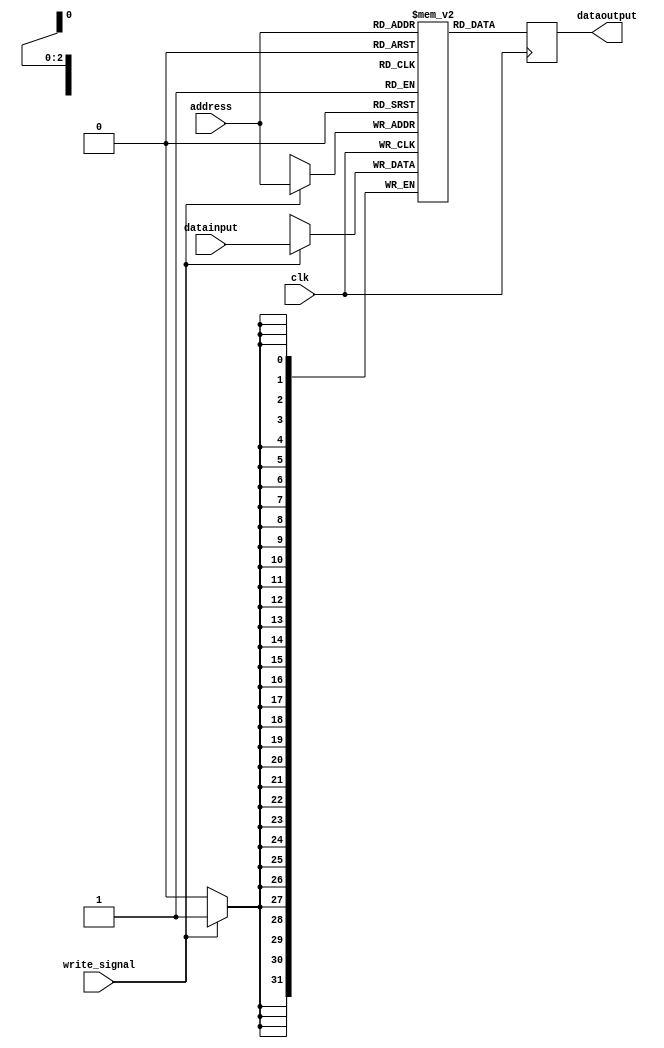
module DataRam(address,datainput,dataoutput,clk,write_signal);

parameter index = 3;
parameter cachesize = 8;
parameter memorybits = 5;

input[index-1:0] address;
input[31:0] datainput;
output[31:0] dataoutput;
input clk;
input write_signal;

reg[31:0] dataoutput;
reg[31:0] data[7:0];

always @(posedge clk)
begin
if(write_signal==1)
			data[address] = datainput;
end

always @(negedge clk)
begin
			dataoutput = data[address];
end

endmodule

module mainmeory(fulladdress,datainput,dataoutput,clk,write_signal);
parameter memorybits = 5;
input[memorybits-1:0] fulladdress;
input[31:0] datainput;
output[31:0] dataoutput;
input clk;
input write_signal;
reg[31:0] dataoutput;
reg[31:0] data[31:0];

always @(posedge clk)
		begin
			if(write_signal==1)
				data[fulladdress] = datainput;
		end

always @(negedge clk)
		begin
			dataoutput = data[fulladdress];
		end

endmodule